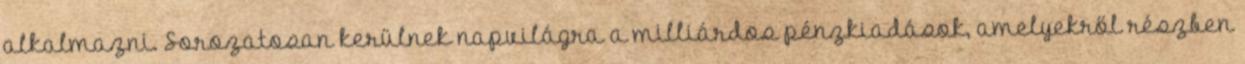
alkalmazni. Sorozatosan kerülnek napvilágra a milliárdos pénzkiadások, amelyekről részben